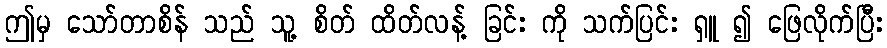
ဤမှ သော်တာစိန် သည် သူ့ စိတ် ထိတ်လန့် ခြင်း ကို သက်ပြင်း ရှူ ၍ ဖြေလိုက်ပြီး